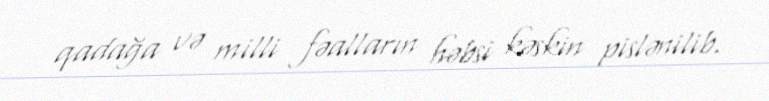
qadağa və milli fəalların həbsi kəskin pislənilib.